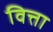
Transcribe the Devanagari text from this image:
वित्ता